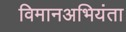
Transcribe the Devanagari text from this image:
विमानअभियंता